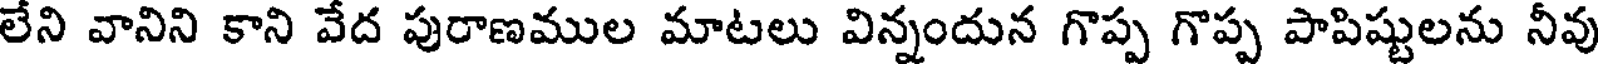
లేని వానిని కాని వేద పురాణముల మాటలు విన్నందున గొప్ప గొప్ప పాపిష్టులను నీవు